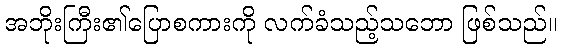
အဘိုးကြီး၏ပြောစကားကို လက်ခံသည့်သဘော ဖြစ်သည်။